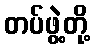
တပ်ဖွဲ့တို့